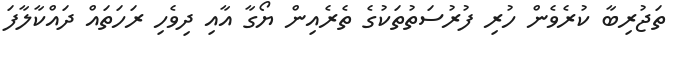
ތަޖުރިބާ ކުރެވެން ހުރި ފުރުސަތުތަކުގެ ތެރެއިން ޔޯގާ އާއި ދިވެހި ރަހަތައް ދައްކާލާފަ